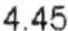
4.45